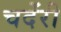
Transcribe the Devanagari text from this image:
चदेंरी